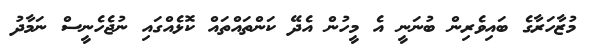
މުޒާހަރާގެ ބައިވެރިން ބުނަނީ އެ މީހުން އެދޭ ކަންތައްތައް ކޮޅެއްގައި ނުޖެހެނީސް ނަމާދު